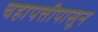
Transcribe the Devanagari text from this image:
चहापत्तीपासून